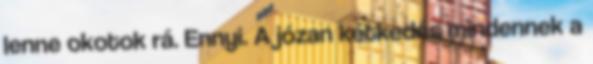
lenne okotok rá. Ennyi. A józan kétkedés mindennek a